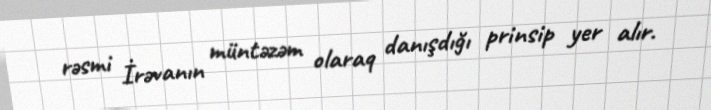
rəsmi İrəvanın müntəzəm olaraq danışdığı prinsip yer alır.